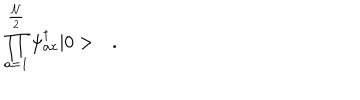
\prod _ { a = 1 } ^ { \frac { \cal N } { 2 } } \psi _ { a x } ^ { \dagger } | 0 > \quad .